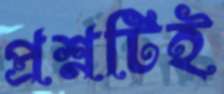
প্রশ্নটিই